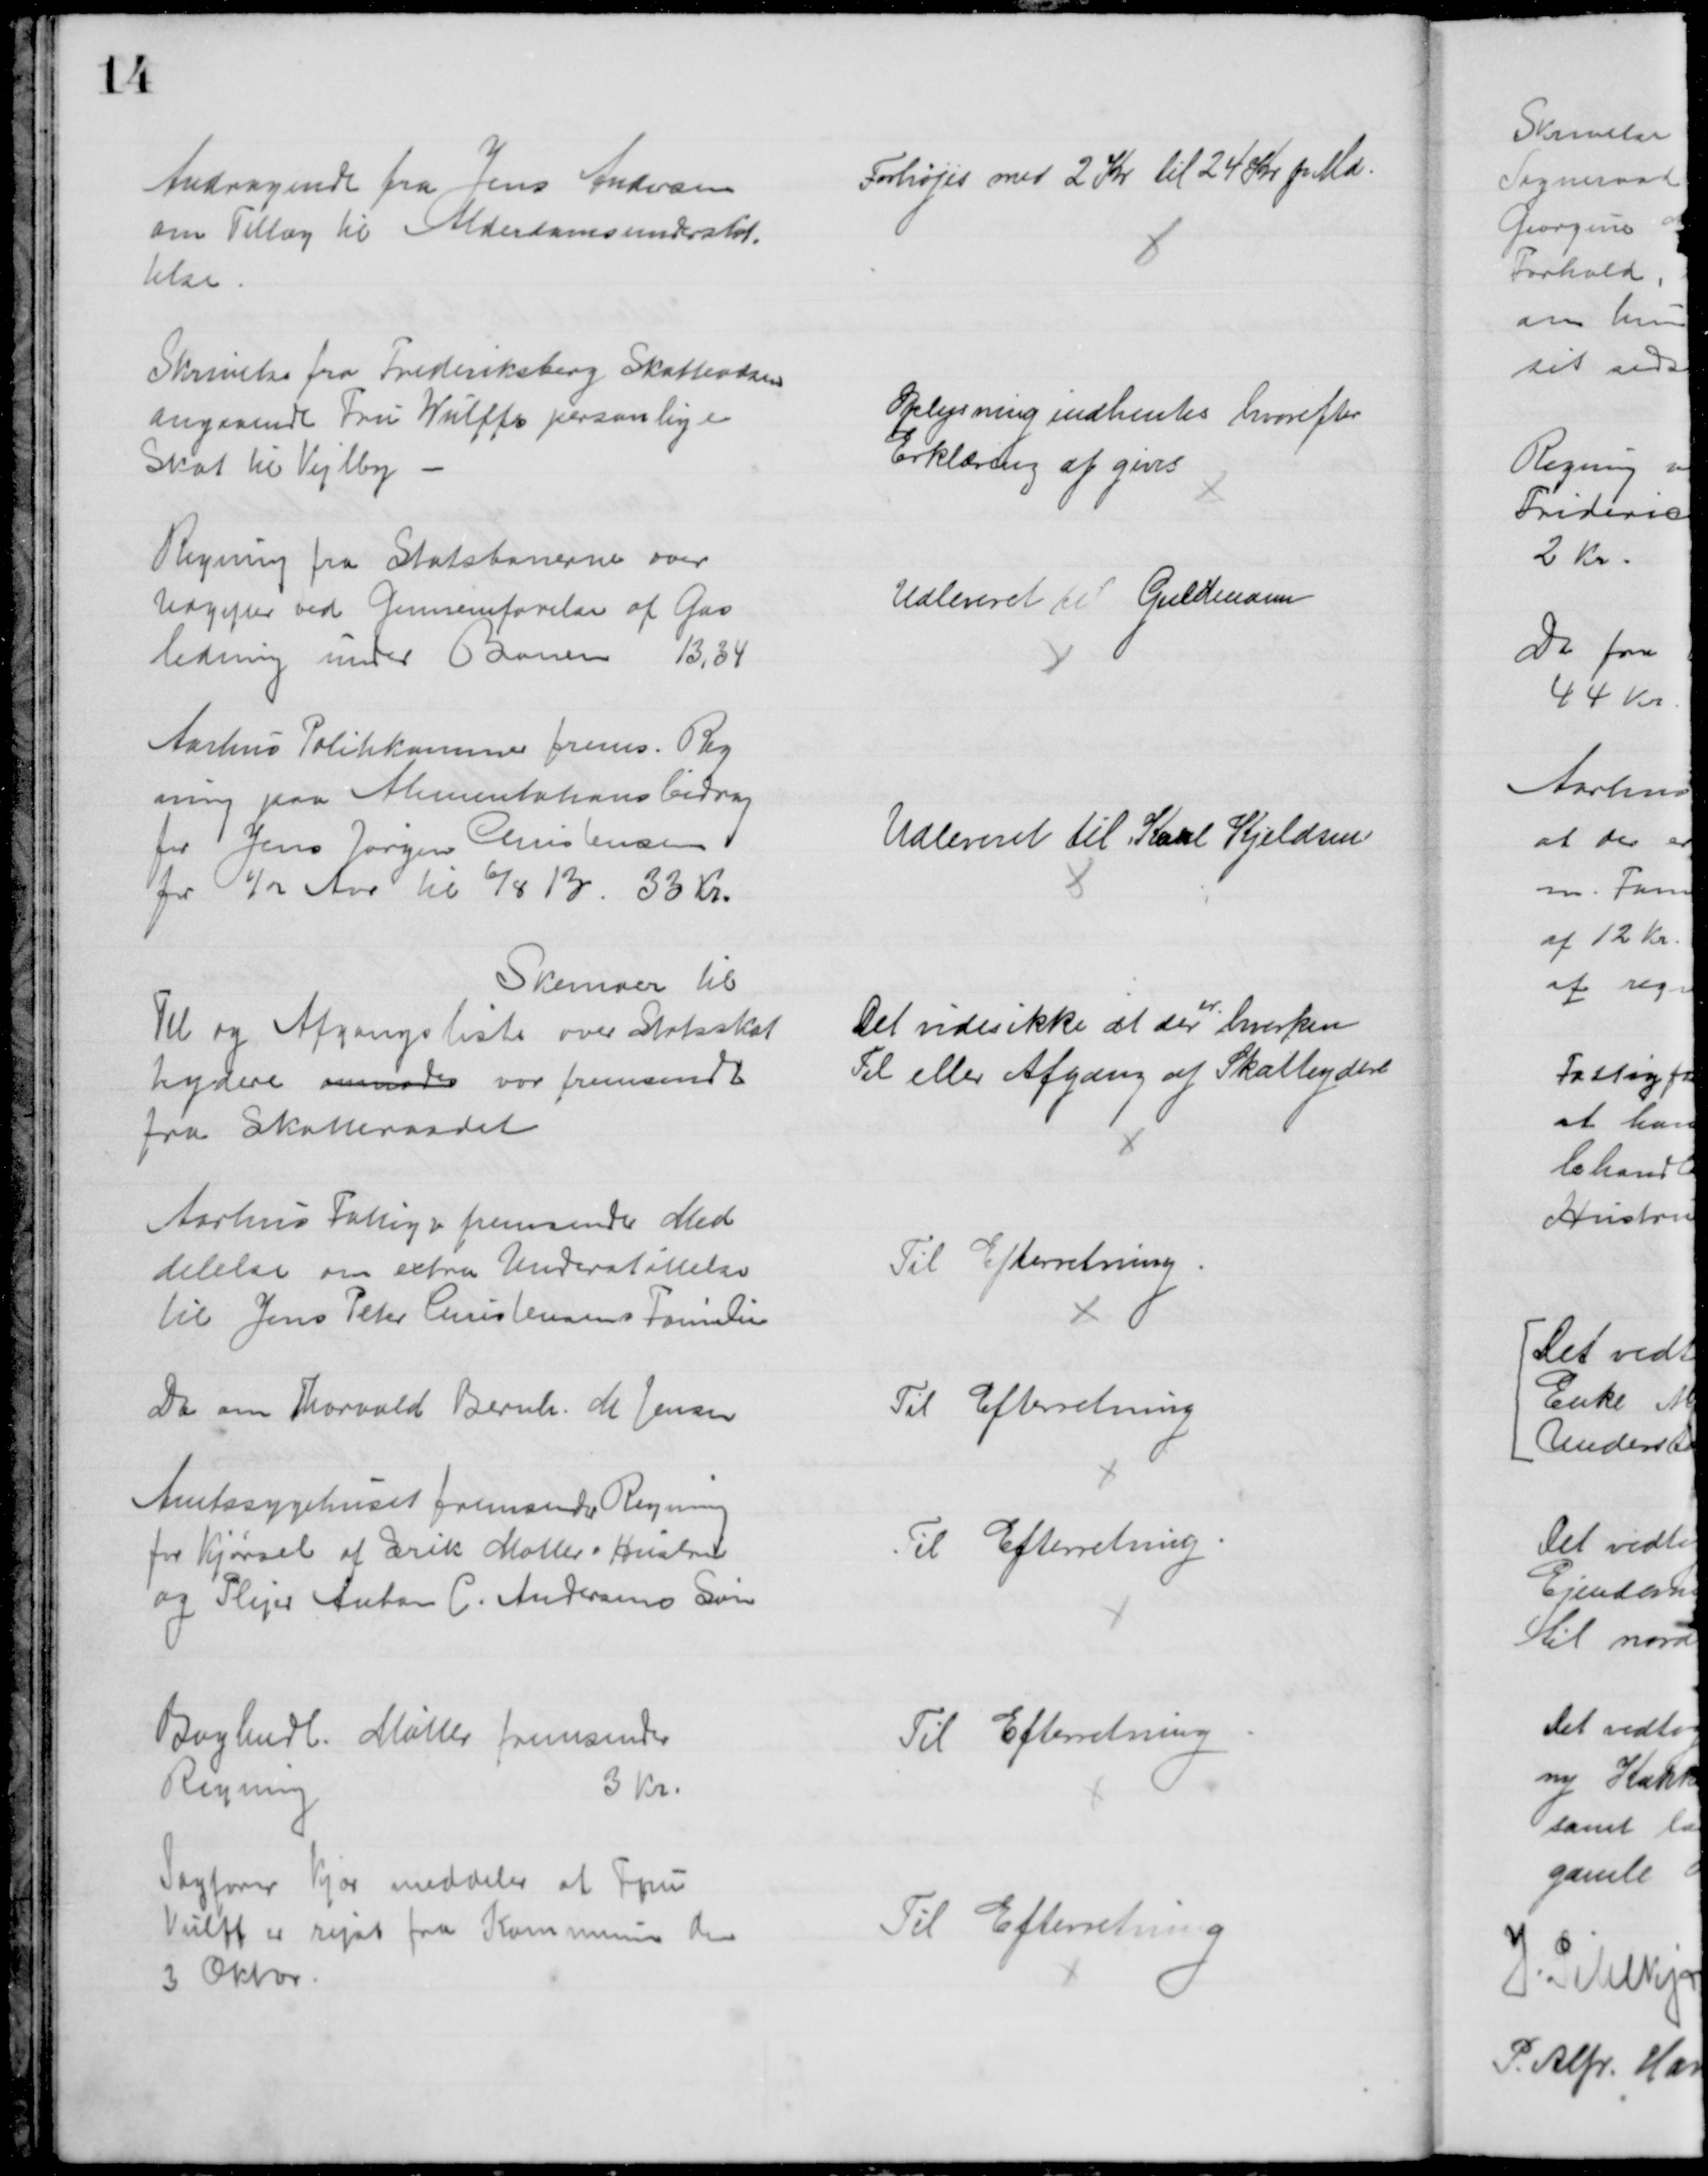
Transskription:
Andragende fra Jens Andersen
om Tillæg til Alderdomsunderstøt
telse.
Forhøjes med 2 Kr til 24 Kr. pr. Md.
Skrivelse fra Frederiksberg Skattevæsen
angaaende Fru Wulffs personlige
Skat til Vejlby
Oplysning indhentes hvorefter
Erklæring af gives
Regning fra Statsbanerne over
Udgifter ved Gennemførelse af Gas
ledning under Banen 13,34
Udleveret til Guldmann
Aarhus Politikammer frems. Reg
ning paa Alimentationsbidrag
for Jens Jørgen Christensen
for ½ Aar til 6/8 13. 33 Kr.
Udleveret til Karl Kjeldsen
Skemaer til
Til og Afgangsliste over Statsskat
teydere anmodes var fremsendt
fra Skatteraadet
Det vides ikke at der 
er
hverken
Til eller Afgang af Skatteydere
Aarhus Fattigv fremsender Med
delelse om extra Understøttelse
til Jens Peter Christensens Familie
Til Efterretning
Do om Thorvald Bernh. M. Jensen
Til Efterretning
Amtssygehuset fremsender Regning
for Kjørsel af Erik Møllers Hustru
og Plejer Anton C. Andersens Søn
Til Efterretning.
Boghndl. Møller fremsender
Regning
3 Kr.
Til Efterretning
Sagfører Kjær meddeler at Fru
Vulff er rejst fra Kommunen den
3 Oktbr.
Til Efterretning